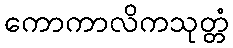
ကောကာလိကသုတ္တံ